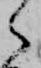
々